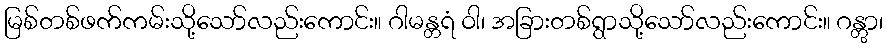
မြစ်တစ်ဖက်ကမ်းသို့သော်လည်းကောင်း။ ဂါမန္တရံ ဝါ၊ အခြားတစ်ရွာသို့သော်လည်းကောင်း။ ဂန္တွာ၊